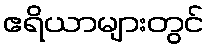
ဧရိယာများတွင်